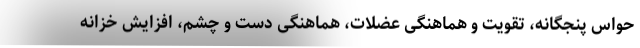
حواس پنجگانه، تقویت و هماهنگی عضلات، هماهنگی دست و چشم، افزایش خزانه